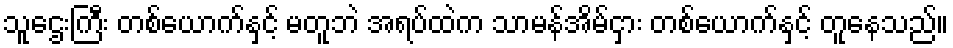
သူဌေးကြီး တစ်ယောက်နှင့် မတူဘဲ အရပ်ထဲက သာမန်အိမ်ငှား တစ်ယောက်နှင့် တူနေသည်။